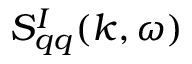
S _ { q q } ^ { I } ( k , \omega )